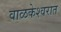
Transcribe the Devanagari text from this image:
वाळकेश्वरात